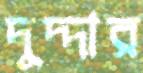
দুদ্দার